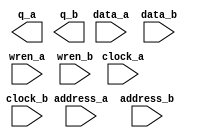
module dpRAM_256x1_16x16 (
	address_a,
	address_b,
	clock_a,
	clock_b,
	data_a,
	data_b,
	wren_a,
	wren_b,
	q_a,
	q_b);

	input	[7:0]  address_a;
	input	[3:0]  address_b;
	input	  clock_a;
	input	  clock_b;
	input	[0:0]  data_a;
	input	[15:0]  data_b;
	input	  wren_a;
	input	  wren_b;
	output	[0:0]  q_a;
	output	[15:0]  q_b;
`ifndef ALTERA_RESERVED_QIS
// synopsys translate_off
`endif
	tri1	  clock_a;
	tri0	  wren_a;
	tri0	  wren_b;
`ifndef ALTERA_RESERVED_QIS
// synopsys translate_on
`endif

endmodule